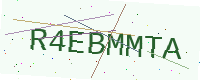
Text: R4EBMMTA